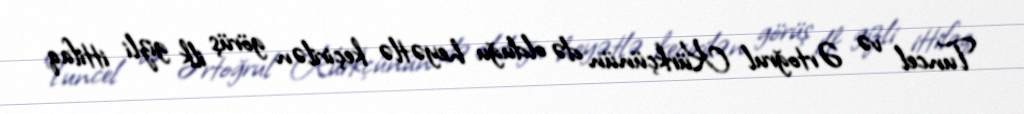
Tuncel və Ərtoğrul Kürkçünün də olduğu heyətlə keçirilən görüş ilk gizli ittifaq